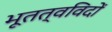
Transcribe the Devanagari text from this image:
भूतत्वविदों